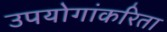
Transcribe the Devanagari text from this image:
उपयोगांकरिता